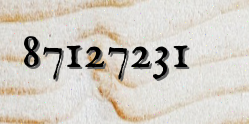
87127231